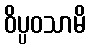
ဝိပ္ပဝသာမိ